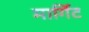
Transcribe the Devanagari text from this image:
मार्गिट